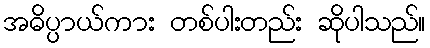
အဓိပ္ပာယ်ကား တစ်ပါးတည်း ဆိုပါသည်။